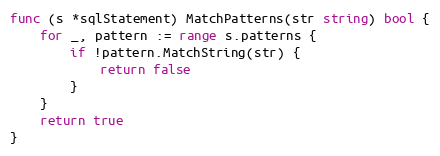
Language: Go
func (s *sqlStatement) MatchPatterns(str string) bool {
	for _, pattern := range s.patterns {
		if !pattern.MatchString(str) {
			return false
		}
	}
	return true
}